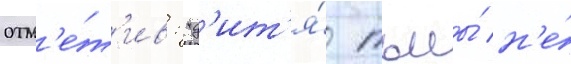
отм'е́т'ив: "д'ит'я́ тьмы́ н'е́